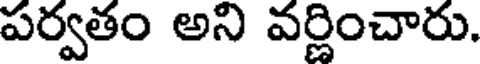
పర్వతం అని వర్ణించారు.